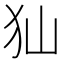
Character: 𤜬